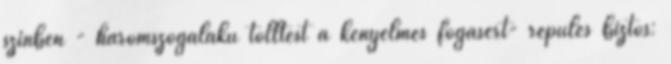
színben - háromszögalakú tolltest a kényelmes fogásért- repülés biztos: